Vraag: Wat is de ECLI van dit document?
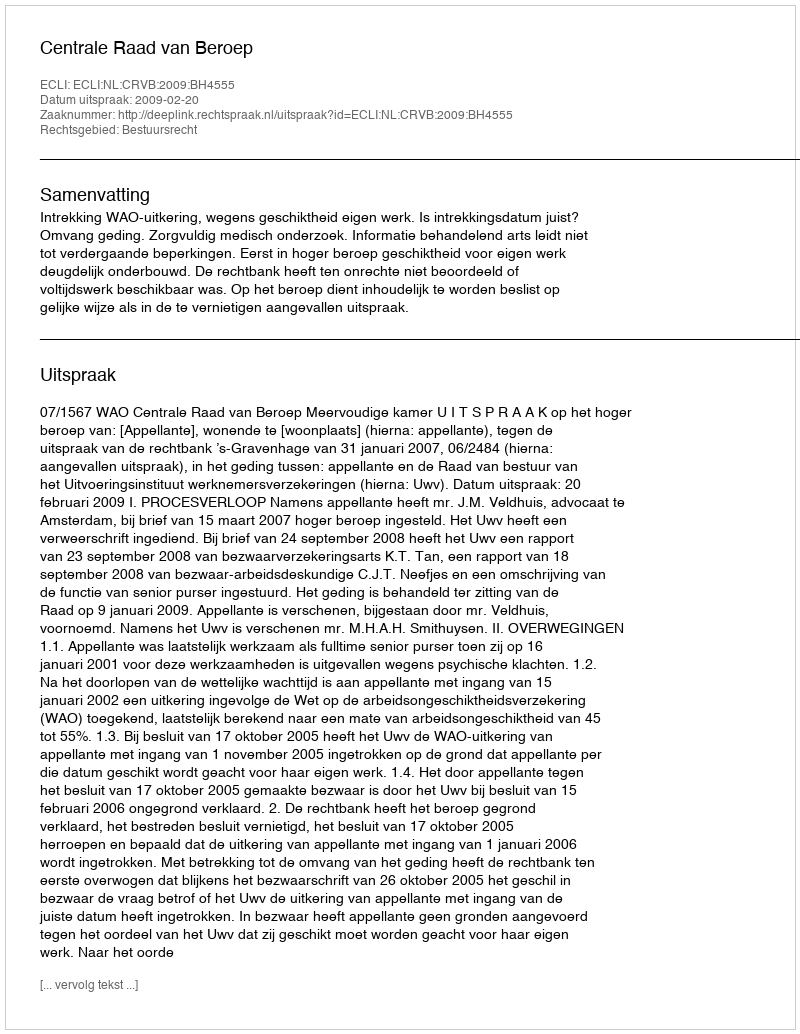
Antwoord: ECLI:NL:CRVB:2009:BH4555